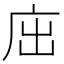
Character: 𢇿